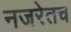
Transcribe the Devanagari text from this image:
नजरेतच